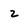
Character: z